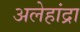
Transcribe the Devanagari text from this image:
अलेहांद्रा